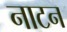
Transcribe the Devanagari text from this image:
नाटन